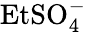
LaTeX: \mathrm{EtSO_{4}^{-}}